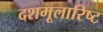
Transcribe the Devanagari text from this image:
दशमूलारिष्ट